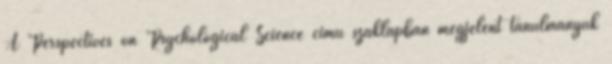
A Perspectives on Psychological Science című szaklapban megjelent tanulmányuk